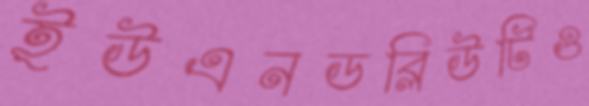
ইউএনডব্লিউটিও